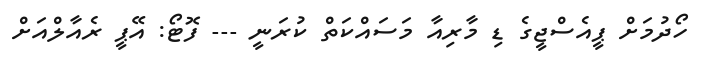
ހޯދުމަށް ޕީއެސްޖީގެ ޑި މާރިއާ މަސައްކަތް ކުރަނީ --- ފޮޓޯ: އޭޕީ ރެއާލްއަށް